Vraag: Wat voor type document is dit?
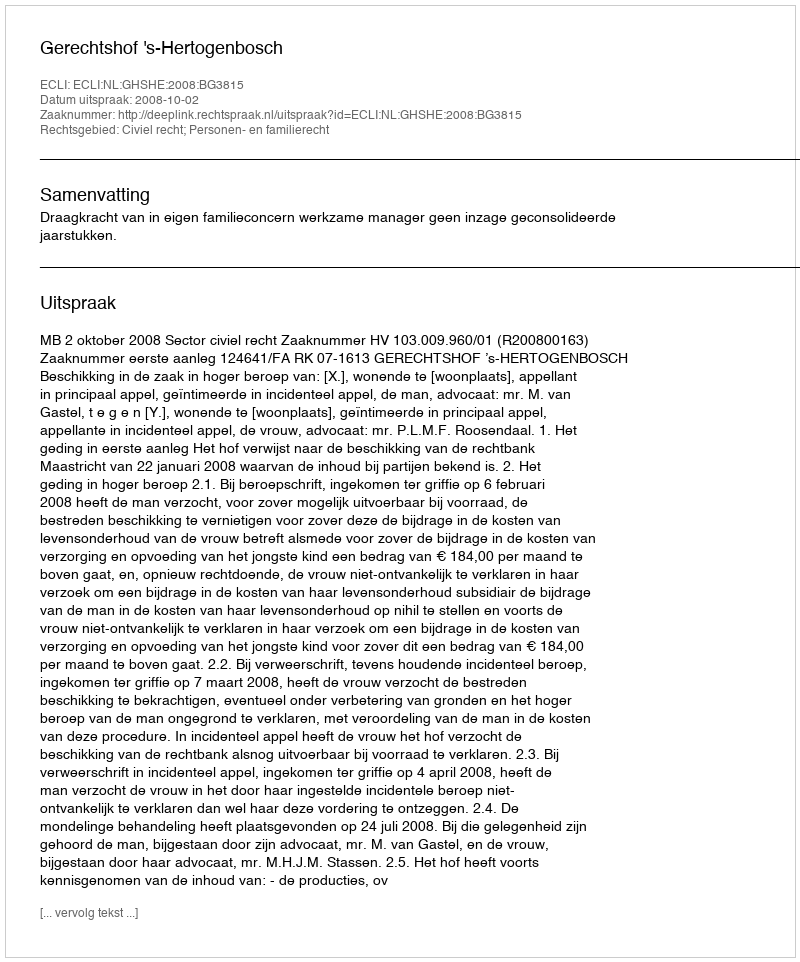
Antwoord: Uitspraak